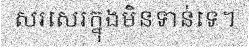
សរសេរក្នុងមិនទាន់ទេ។